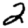
Digit: 2